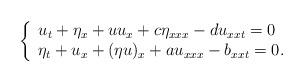
LaTeX: \begin{align*} \left\{\begin{array}{llll}u_t+\eta_x+uu_x+c\eta_{xxx}-du_{xxt}=0 \\\eta_t+u_x+(\eta u)_x+au_{xxx}-b_{xxt}=0. \end{array}\right.\end{align*}